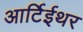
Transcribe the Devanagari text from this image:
आर्टिईथर